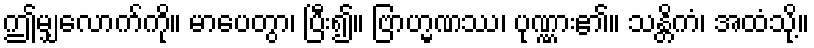
ဤမျှလောက်ကို။ မာပေတွာ၊ ပြီး၍။ ဗြာဟ္မဏဿ၊ ပုဏ္ဏား၏။ သန္တိကံ၊ အထံသို့။